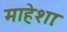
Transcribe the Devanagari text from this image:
माहेशाः